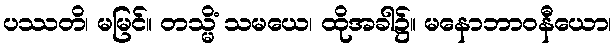
ပဿတိ၊ မမြင်။ တသ္မိံ သမယေ၊ ထိုအခါ၌။ မနောဘာဝနီယော၊